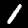
Digit: 1